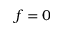
f = 0